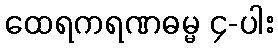
ထေရကရဏဓမ္မ ၄-ပါး